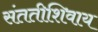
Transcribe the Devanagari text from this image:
संततीशिवाय